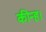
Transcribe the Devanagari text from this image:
कीन्ह।